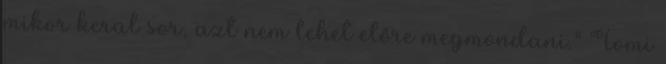
mikor kerül sor, azt nem lehet előre megmondani." Tomi